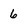
Character: 6